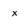
Character: x